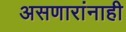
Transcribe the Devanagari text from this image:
असणारांनाही